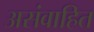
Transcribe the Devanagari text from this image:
असंवाहित